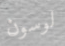
لوسون